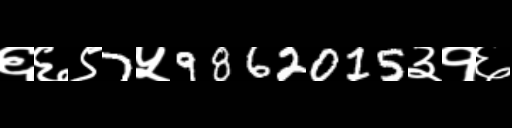
Text: ६६९7५9862015३१६